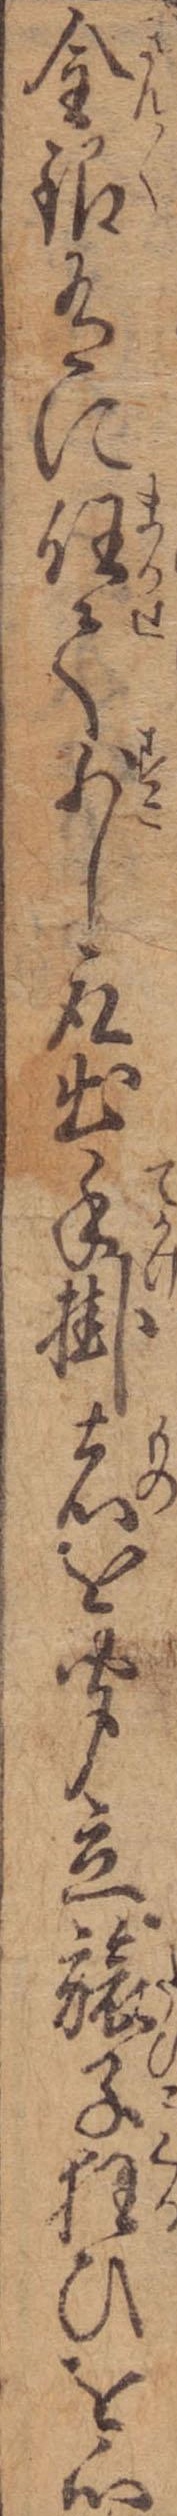
金銀有に任て少し取出手掛者を聞立旅子狂ひを心